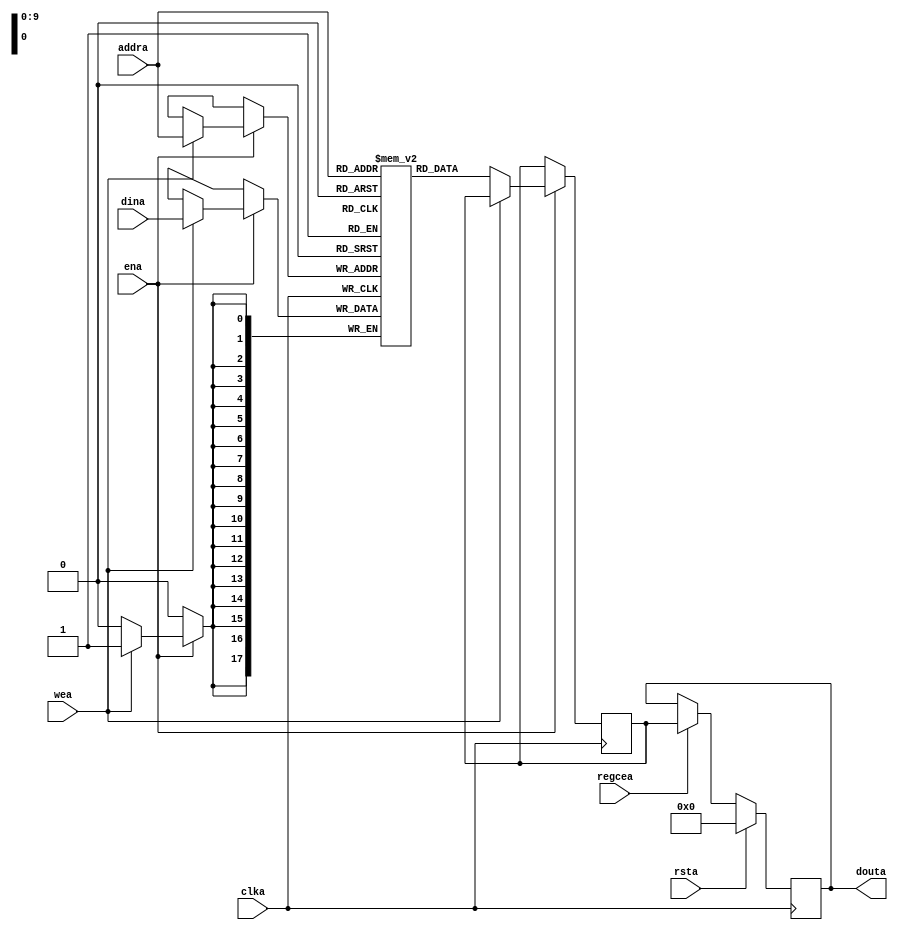
`ifndef RAM_H
`define RAM_H
`timescale 1ns / 1ps

//  Xilinx Single Port No Change RAM
//  This code implements a parameterizable single-port no-change memory where when data is written
//  to the memory, the output remains unchanged.  This is the most power efficient write mode.
//  If a reset or enable is not necessary, it may be tied off or removed from the code.

module xilinx_single_port_ram_no_change #(
  parameter RAM_WIDTH = 18,                       // Specify RAM data width
  parameter RAM_DEPTH = 1024,                     // Specify RAM depth (number of entries)
  parameter RAM_PERFORMANCE = "HIGH_PERFORMANCE", // Select "HIGH_PERFORMANCE" or "LOW_LATENCY" 
  parameter INIT_FILE = ""                        // Specify name/location of RAM initialization file if using one (leave blank if not)
) (
  input [clogb2(RAM_DEPTH-1)-1:0] addra,  // Address bus, width determined from RAM_DEPTH
  input [RAM_WIDTH-1:0] dina,           // RAM input data
  input clka,                           // Clock
  input wea,                            // Write enable
  input ena,                            // RAM Enable, for additional power savings, disable port when not in use
  input rsta,                           // Output reset (does not affect memory contents)
  input regcea,                         // Output register enable
  output [RAM_WIDTH-1:0] douta          // RAM output data
);

  reg [RAM_WIDTH-1:0] BRAM [RAM_DEPTH-1:0];
  reg [RAM_WIDTH-1:0] ram_data = {RAM_WIDTH{1'b0}};

  // The following code either initializes the memory values to a specified file or to all zeros to match hardware
  generate
    if (INIT_FILE != "") begin: use_init_file
      initial
        $readmemh(INIT_FILE, BRAM, 0, RAM_DEPTH-1);
    end else begin: init_bram_to_zero
      integer ram_index;
      initial
        for (ram_index = 0; ram_index < RAM_DEPTH; ram_index = ram_index + 1)
          BRAM[ram_index] = {RAM_WIDTH{1'b0}};
    end
  endgenerate

  always @(posedge clka)
    if (ena)
      if (wea)
        BRAM[addra] <= dina;
      else
        ram_data <= BRAM[addra];

  //  The following code generates HIGH_PERFORMANCE (use output register) or LOW_LATENCY (no output register)
  generate
    if (RAM_PERFORMANCE == "LOW_LATENCY") begin: no_output_register

      // The following is a 1 clock cycle read latency at the cost of a longer clock-to-out timing
      assign douta = ram_data;

    end else begin: output_register

      // The following is a 2 clock cycle read latency with improve clock-to-out timing

      reg [RAM_WIDTH-1:0] douta_reg = {RAM_WIDTH{1'b0}};

      always @(posedge clka)
        if (rsta)
          douta_reg <= {RAM_WIDTH{1'b0}};
        else if (regcea)
          douta_reg <= ram_data;

      assign douta = douta_reg;

    end
  endgenerate

  //  The following function calculates the address width based on specified RAM depth
  function integer clogb2;
    input integer depth;
      for (clogb2=0; depth>0; clogb2=clogb2+1)
        depth = depth >> 1;
  endfunction

endmodule

// The following is an instantiation template for xilinx_single_port_ram_no_change
/*
  //  Xilinx Single Port No Change RAM
  xilinx_single_port_ram_no_change #(
    .RAM_WIDTH(18),                       // Specify RAM data width
    .RAM_DEPTH(1024),                     // Specify RAM depth (number of entries)
    .RAM_PERFORMANCE("HIGH_PERFORMANCE"), // Select "HIGH_PERFORMANCE" or "LOW_LATENCY" 
    .INIT_FILE("")                        // Specify name/location of RAM initialization file if using one (leave blank if not)
  ) your_instance_name (
    .addra(addra),    // Address bus, width determined from RAM_DEPTH
    .dina(dina),      // RAM input data, width determined from RAM_WIDTH
    .clka(clka),      // Clock
    .wea(wea),        // Write enable
    .ena(ena),        // RAM Enable, for additional power savings, disable port when not in use
    .rsta(rsta),      // Output reset (does not affect memory contents)
    .regcea(regcea),  // Output register enable
    .douta(douta)     // RAM output data, width determined from RAM_WIDTH
  );

*/
`endif